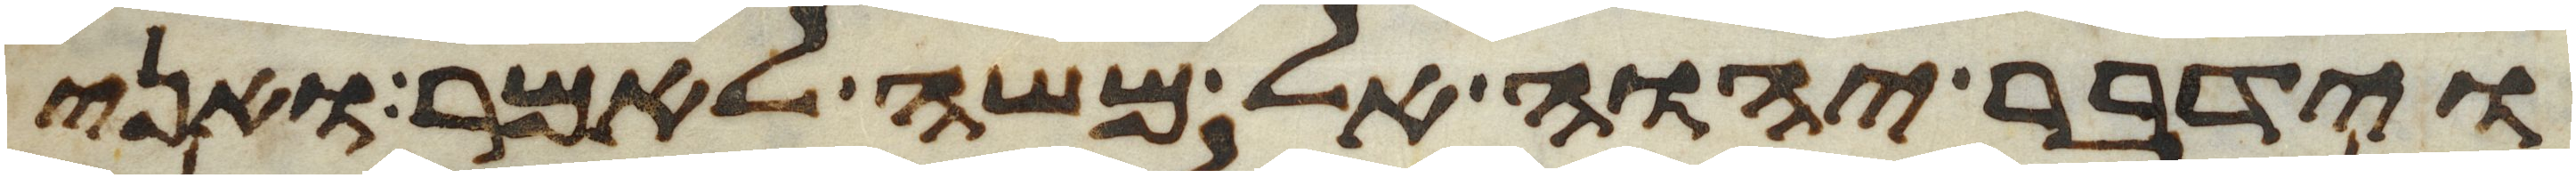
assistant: וידבר יהוה אל משה לאמר ואני